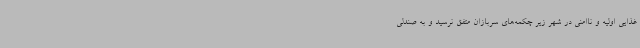
غذایی اولیه و ناامنی در شهر زیر چکمه‌های سربازان متفق نرسید و به صندلی